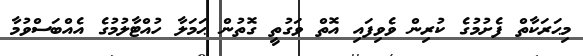
މިޙަރަކާތް ފެށުމުގެ ކުރިން ވެވިފައި އޮތް ވަގުތީ ގޮތުން ޙަމަލާ ހުއްޓާލުމުގެ އެއްބަސްވުމާ